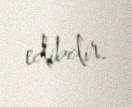
edibdir.